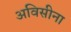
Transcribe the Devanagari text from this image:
अविसीना